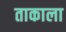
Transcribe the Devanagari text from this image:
ताकाला